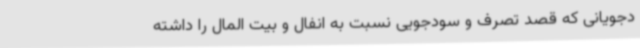
دجویانی که قصد تصرف و سودجویی نسبت به انفال و بیت المال را داشته